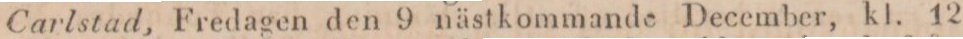
Carlstad, Fredagen den 9 nästkommande December, kl. 12